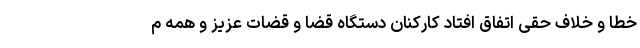
خطا و خلاف حقی اتفاق افتاد کارکنان دستگاه قضا و قضات عزیز و همه م